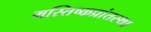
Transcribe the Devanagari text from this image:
मस्तिष्कप्रांतस्था